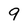
Character: 9